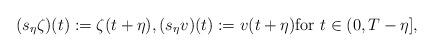
LaTeX: \begin{align*}(s_{\eta} \zeta)(t) := \zeta(t+\eta), (s_{\eta} v)(t) := v(t+\eta) \hbox{for } t\in (0,T-\eta],\end{align*}